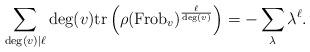
LaTeX: \begin{align*}\sum_{\deg(v) \mid \ell} \deg(v) \mathrm{tr} \left(\rho(\mathrm{Frob}_{v})^{\frac{\ell}{\deg(v)}} \right) = -\sum_{\lambda} \lambda^{\ell}.\end{align*}